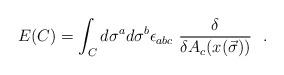
LaTeX: \begin{align*}E(C) = \int_{C} d\sigma^{a}d\sigma^{b} \epsilon_{abc}\ \frac{\delta}{\delta A_{c}(x(\vec\sigma))}\ \ .\end{align*}